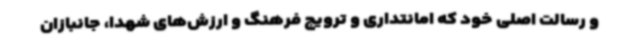
و رسالت اصلی خود که امانتداری و ترویج فرهنگ و ارزش‌های شهدا، جانبازان